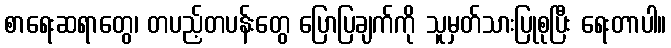
စာရေးဆရာတွေ၊ တပည့်တပန်းတွေ ပြောပြချက်ကို သူမှတ်သားပြုစုပြီး ရေးတာပါ။